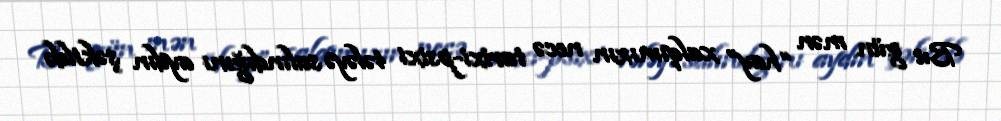
Bu gün mən “hay” xalqımızın necə tarixi-psixi tələyə salındığını aydın şəkildə